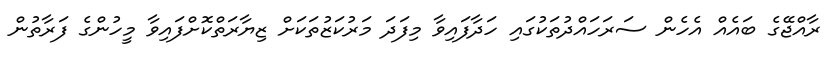
ރާއްޖޭގެ ބައެއް އެހެން ސަރަހައްދުތަކުގައި ހަދާފައިވާ މިފަދަ މަރުކަޒުތަކަށް ޒިޔާރަތްކޮށްފައިވާ މީހުންގެ ފަރާތުން